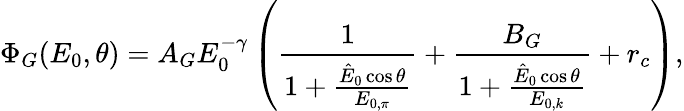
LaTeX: \Phi_{G}(E_{0},\theta)=A_{G}E_{0}^{-\gamma}\left(\frac{1}{1+\frac{\hat{E}_{0}\cos\theta}{E_{0,\pi}}}+\frac{B_{G}}{1+\frac{\hat{E}_{0}\cos\theta}{E_{0,k}}}+r_{c}\right),